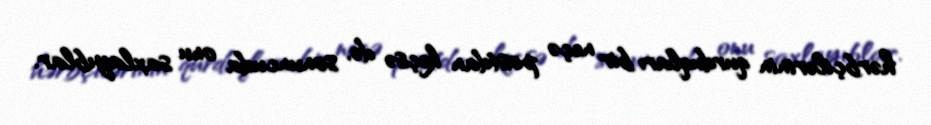
hərbçilərinin qurduqları bir neçə postdan keçsə də, sonuncuda onu saxlayıblar.